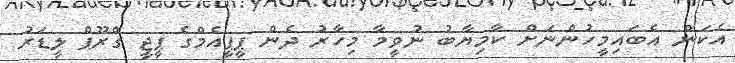
އެކަން އެބައިމީހުންނަށް ކާމިޔާބު ނުވީމާ މިހާރު ދެން ޕީޕީއެމްގެ ޕީޖީ ގްރޫޕް ލީޑަރު